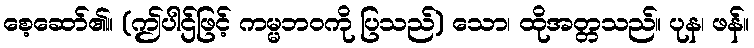
စေ့ဆော်၏။ (ဤပါဌ်ဖြင့် ကမ္မဘဝကို ပြသည်) သော၊ ထိုအတ္တသည်။ ပုန၊ ဖန်။